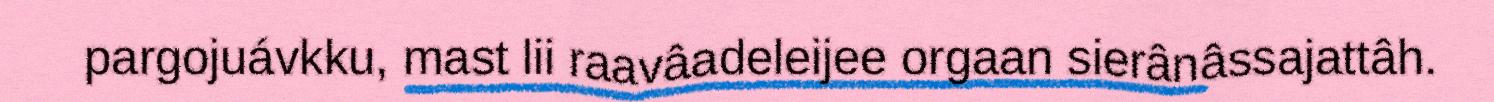
pargojuávkku, mast lii raavâadeleijee orgaan sierânâssajattâh.